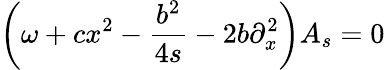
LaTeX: \left(\omega+cx^{2}-\frac{b^{2}}{4s}-2b\partial_{x}^{2}\right)A_{s}=0